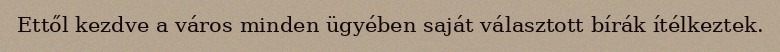
Ettől kezdve a város minden ügyében saját választott bírák ítélkeztek.